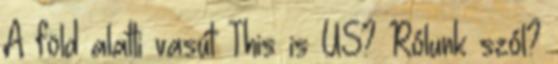
A föld alatti vasút This is US? Rólunk szól?